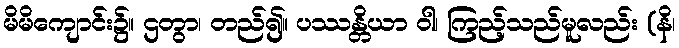
မိမိကျောင်း၌။ ဌတွာ၊ တည်၍။ ပဿန္တိယာ ဝါ၊ ကြည့်သည်မူလည်း (နိ၊